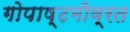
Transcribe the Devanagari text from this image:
गोपाष्टमीव्रत